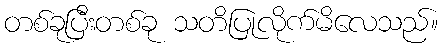
တစ်ခုပြီးတစ်ခု သတိပြုလိုက်မိလေသည်။